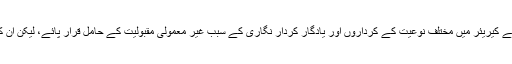
پاکستانی فلمی تاریخ کے تین بڑے ہیروز محمد علی، ندیم اور وحید مراد، یُوں تو اپنے کیریئر میں مختلف نوعیت کے کرداروں اور یادگار کردار نگاری کے سبب غیر معمولی مقبولیت کے حامل قرار پائے، لیکن ان کی ایک دوسرے سے مختلف خصوصیات بھی ان کی جاویداں مقبولیت کا باعث بنی۔